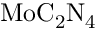
\mathrm { M o C _ { 2 } N _ { 4 } }